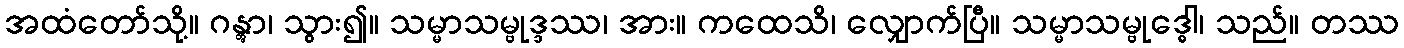
အထံတော်သို့။ ဂန္တွာ၊ သွား၍။ သမ္မာသမ္ဗုဒ္ဒဿ၊ အား။ ကထေသိ၊ လျှောက်ပြီ။ သမ္မာသမ္ဗုဒ္ဓေါ၊ သည်။ တဿ